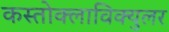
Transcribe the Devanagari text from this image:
कस्तोक्लाविक्युलर